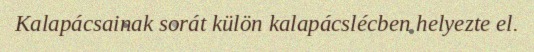
Kalapácsainak sorát külön kalapácslécben helyezte el.